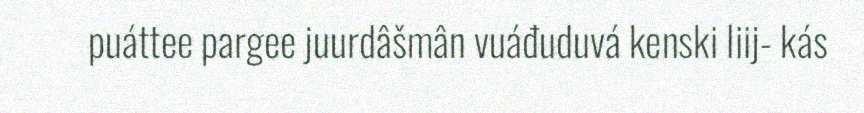
puáttee pargee juurdâšmân vuáđuduvá kenski liij- kás